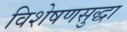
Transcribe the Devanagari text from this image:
विशेषणसुद्धा